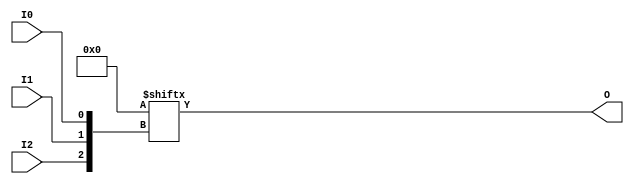
// $Header: /devl/xcs/repo/env/Databases/CAEInterfaces/xec_libs/data/unisims/LUT3.v,v 1.1 2005/05/10 01:20:06 wloo Exp $
/*

FUNCTION	: 3-inputs LUT

*/

`celldefine
`timescale  100 ps / 10 ps

module LUT3 (O, I0, I1, I2);

    parameter INIT = 8'h00;

    input I0, I1, I2;

    output O;

    wire out0, out1, out;

        assign O = INIT[{I2,I1,I0}];


endmodule